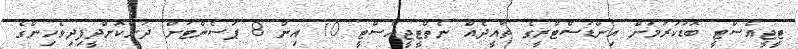
ޓީޖީއެސްޓީ ބޮޑުކުރުމަށް އިންޑަސްޓްރީގެ ތާއީދެއް ނެތްޓީޖީއެސްޓީ 10 އިން 8 ޕަސެންޓަށް ދަށްކޮށްދީފިދިވެހިންގެ